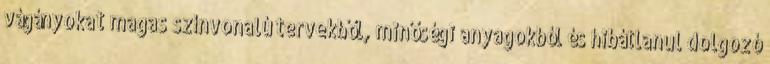
vágányokat magas színvonalú tervekből, minőségi anyagokból és hibátlanul dolgozó